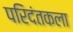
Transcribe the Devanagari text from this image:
परिदंतकला